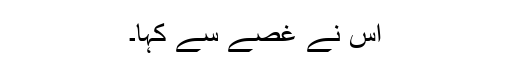
اُس نے غصے سے کہا۔